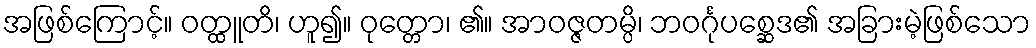
အဖြစ်ကြောင့်။ ဝတ္ထူတိ၊ ဟူ၍။ ဝုတ္တော၊ ၏။ အာဝဇ္ဇတမ္ပိ၊ ဘဝင်္ဂုပစ္ဆေဒ၏ အခြားမဲ့ဖြစ်သော